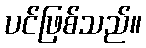
ပင်ဖြစ်သည်။